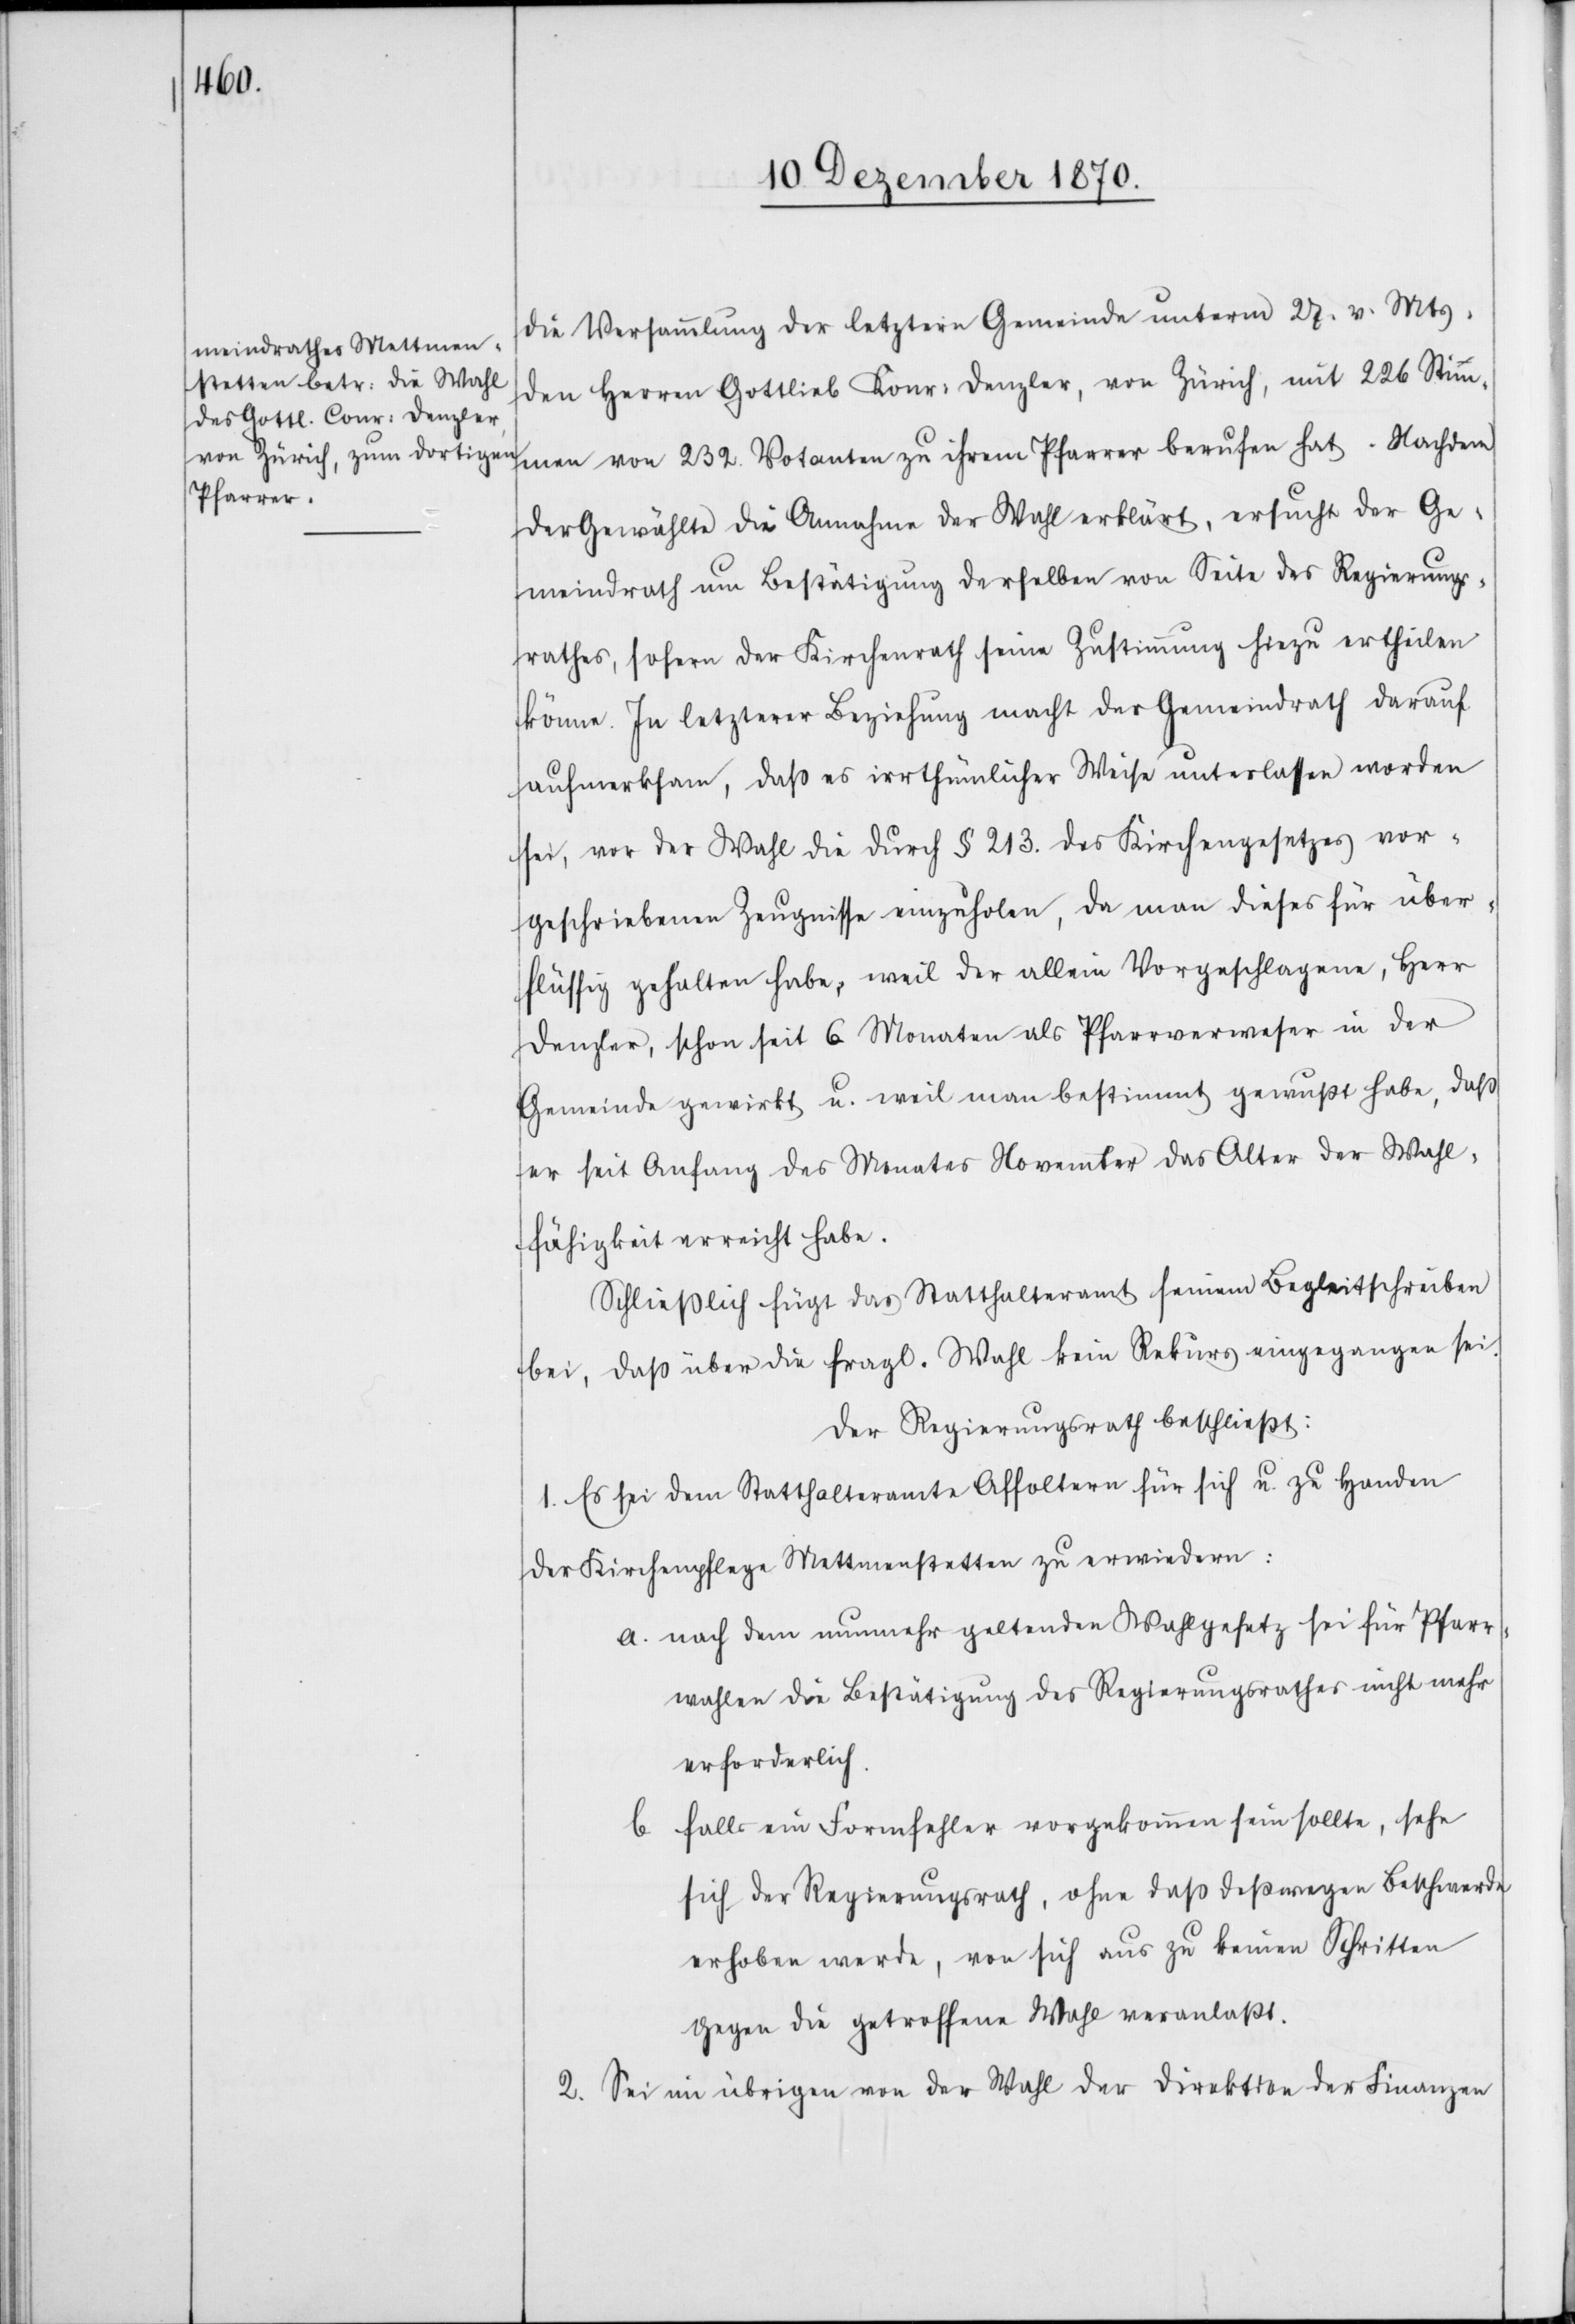
die Versammlung der letztern Gemeinde unterm 27. v. Mts.
den Herren Gottlieb Konr: Denzler, von Zürich, mit 226 Stim¬
men von 232. Votanten zu ihrem Pfarrer berufen hat. Nachdem
der Gewählte die Annahme der Wahl erklärt, ersucht der Ge¬
meindrath um Bestätigung derselben von Seite des Regierungs¬
rathes, sofern der Kirchenrath seine Zustimmung hiezu ertheilen
könne. In letzterer Beziehung macht der Gemeindrath darauf
aufmerksam, daß es irrthümlicher Weise unterlassen worden
sei, vor der Wahl die durch § 213. des Kirchengesetzes vor¬
geschriebenen Zeugnisse einzuholen, da man dieses für über¬
flüssig gehalten habe, weil der allein Vorgeschlagene, Herr
Denzler, schon seit 6. Monaten als Pfarrvorsteher in der
Gemeinde gewirkt u. weil man bestimmt gewusst habe, daß
er seit Anfang des Monates November das Alter der Wahl¬
fähigkeit erreicht habe.
Schließlich fügt das Statthalteramt seinem Begleitschreiben
bei, daß über die fragl. Wahl kein Rekurs eingegangen sei.
Der Regierungsrath beschließt:
1. Es sei dem Statthalteramte Affoltern für sich u. zu Handen
der Kirchenpflege Mettmenstetten zu erwiedern:
a. nach dem nunmehr geltenden Wahlgesetz sei für Pfarr¬
wahlen die Bestätigung des Regierungsrathes nicht mehr
erforderlich.
b. falls ein Formfehler vorgekommen sein sollte, sehe
sich der Regierungsrath, ohne daß deßwegen Beschwerde
erhoben werde, von sich aus zu keinen Schritten
gegen die getroffene Wahl veranlaßt.
2. Sei im übrigen von der Wahl der Direktion der Finanzen